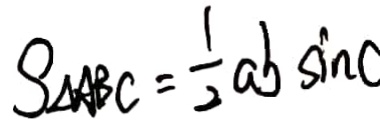
S _ { \Delta A B C } = \frac { 1 } { 2 } a b \sin C